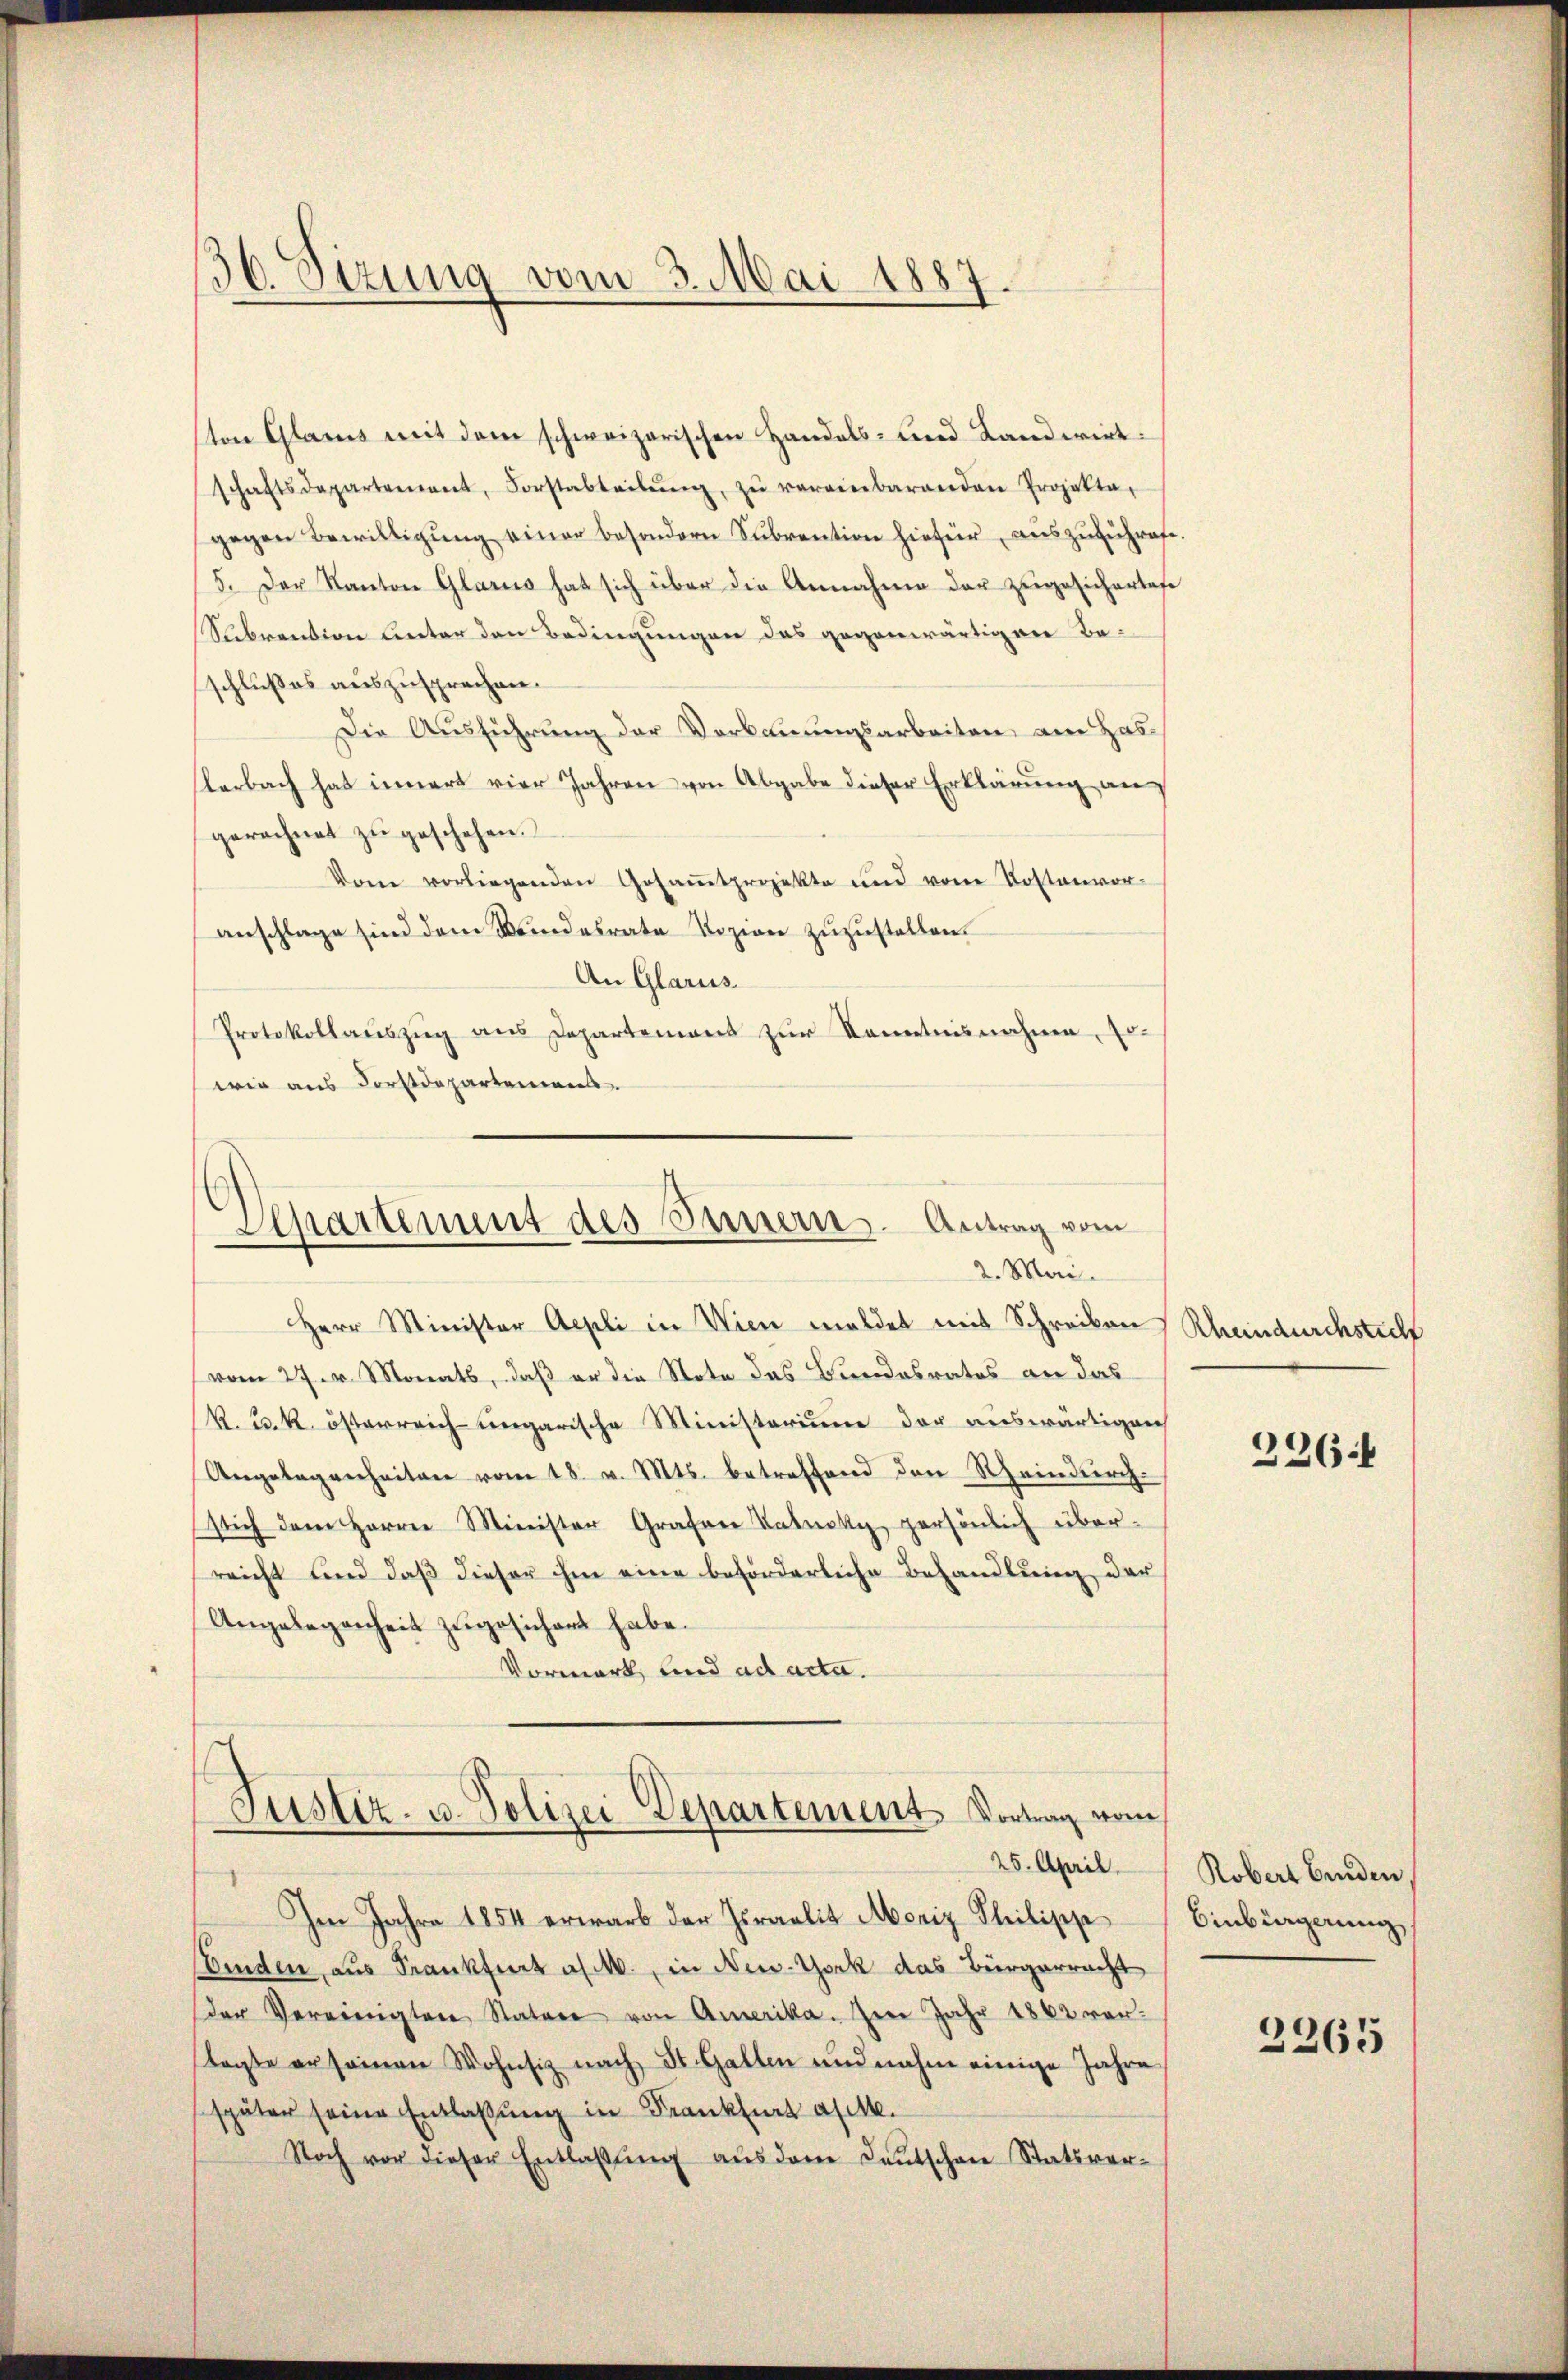
36. Sizung vom 3. Mai 1887.

ton Glarus mit dem schweizerischen Handels- und Landwirtschaftsdepartement, Forstabteilŭng, zŭ vereinbarenden Projekta-
gegen Bewilligung einer besondern Subvention hiefür, auszuführete.
5. Der Kanton Glarus hat sich über die Annahme der zugesichertafe
Subvention unter den Bedingungen das gegenwärtigen Beschlußes auszusprechen.
Die Ausführung der Verbauungsarbeiten am Haslerbach hat innert vier Jahren von Abgabe dieser Erklärung an
gerechnet zŭ geschehen.
Vom vorliegenden Gesamtprojekte und vom Kostenvor-
anschlage sind dem Bundesrate Sozion zuzustellen.
An Glarus.
Protokollaŭszŭg ans Departement zŭr Kenntnisnahme, so
wir aus Forstdepartement

Departement des Innern Antrag vom
2. Mai.

Herr Minister Aepli in Wien meldet mit Schreiben
vom 27. v. Monats, daß er die Note das Bundesrates an das
k. 23. k. österreich ungarische Ministerium der auswärtigen
Angelegenheiten vom 18. v. Mts. betreffend den Rheindurch-
sich dem Herrn Minister Grafen Kanoky persönlich überreicht und daß dieser ihm eine beförderliche Behandlung der
Angelegenheit zugesichert habe.
Vormark und ad acta.

Justiz- u. Polizei Departement Vortrag vom
25. April.

Im Jahre 1854 erwarb der Israelis Moriz Philipp
Wenden, aus Frankfurt a/M., in New-York das Bürgerracht
der Vereinigten Statore von Amerika. Herr Jahr 1862 ver-
tagte er seinen Wohnsiz nach St. Gallen und nahm einige Jahre
später seine Entlaßung in Frankfurt alt.
Noch vor dieser Entlaβŭng aŭs dem deŭtschen Statsver-

Rheindurchstich

226.

Robert binden,
Einbürgerung

2265